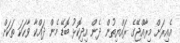
އެއިރަށް މިރާއްޖޭގެ ރައްޔިތުން ދެން އިދިކޮޅު ބޮޑޭ މެން ދައްކާ ވާހަަކަ ތަކަށް